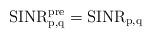
LaTeX: \begin{align*}{\rm SINR^{pre}_{p,q}}={\rm SINR_{p,q}}\end{align*}